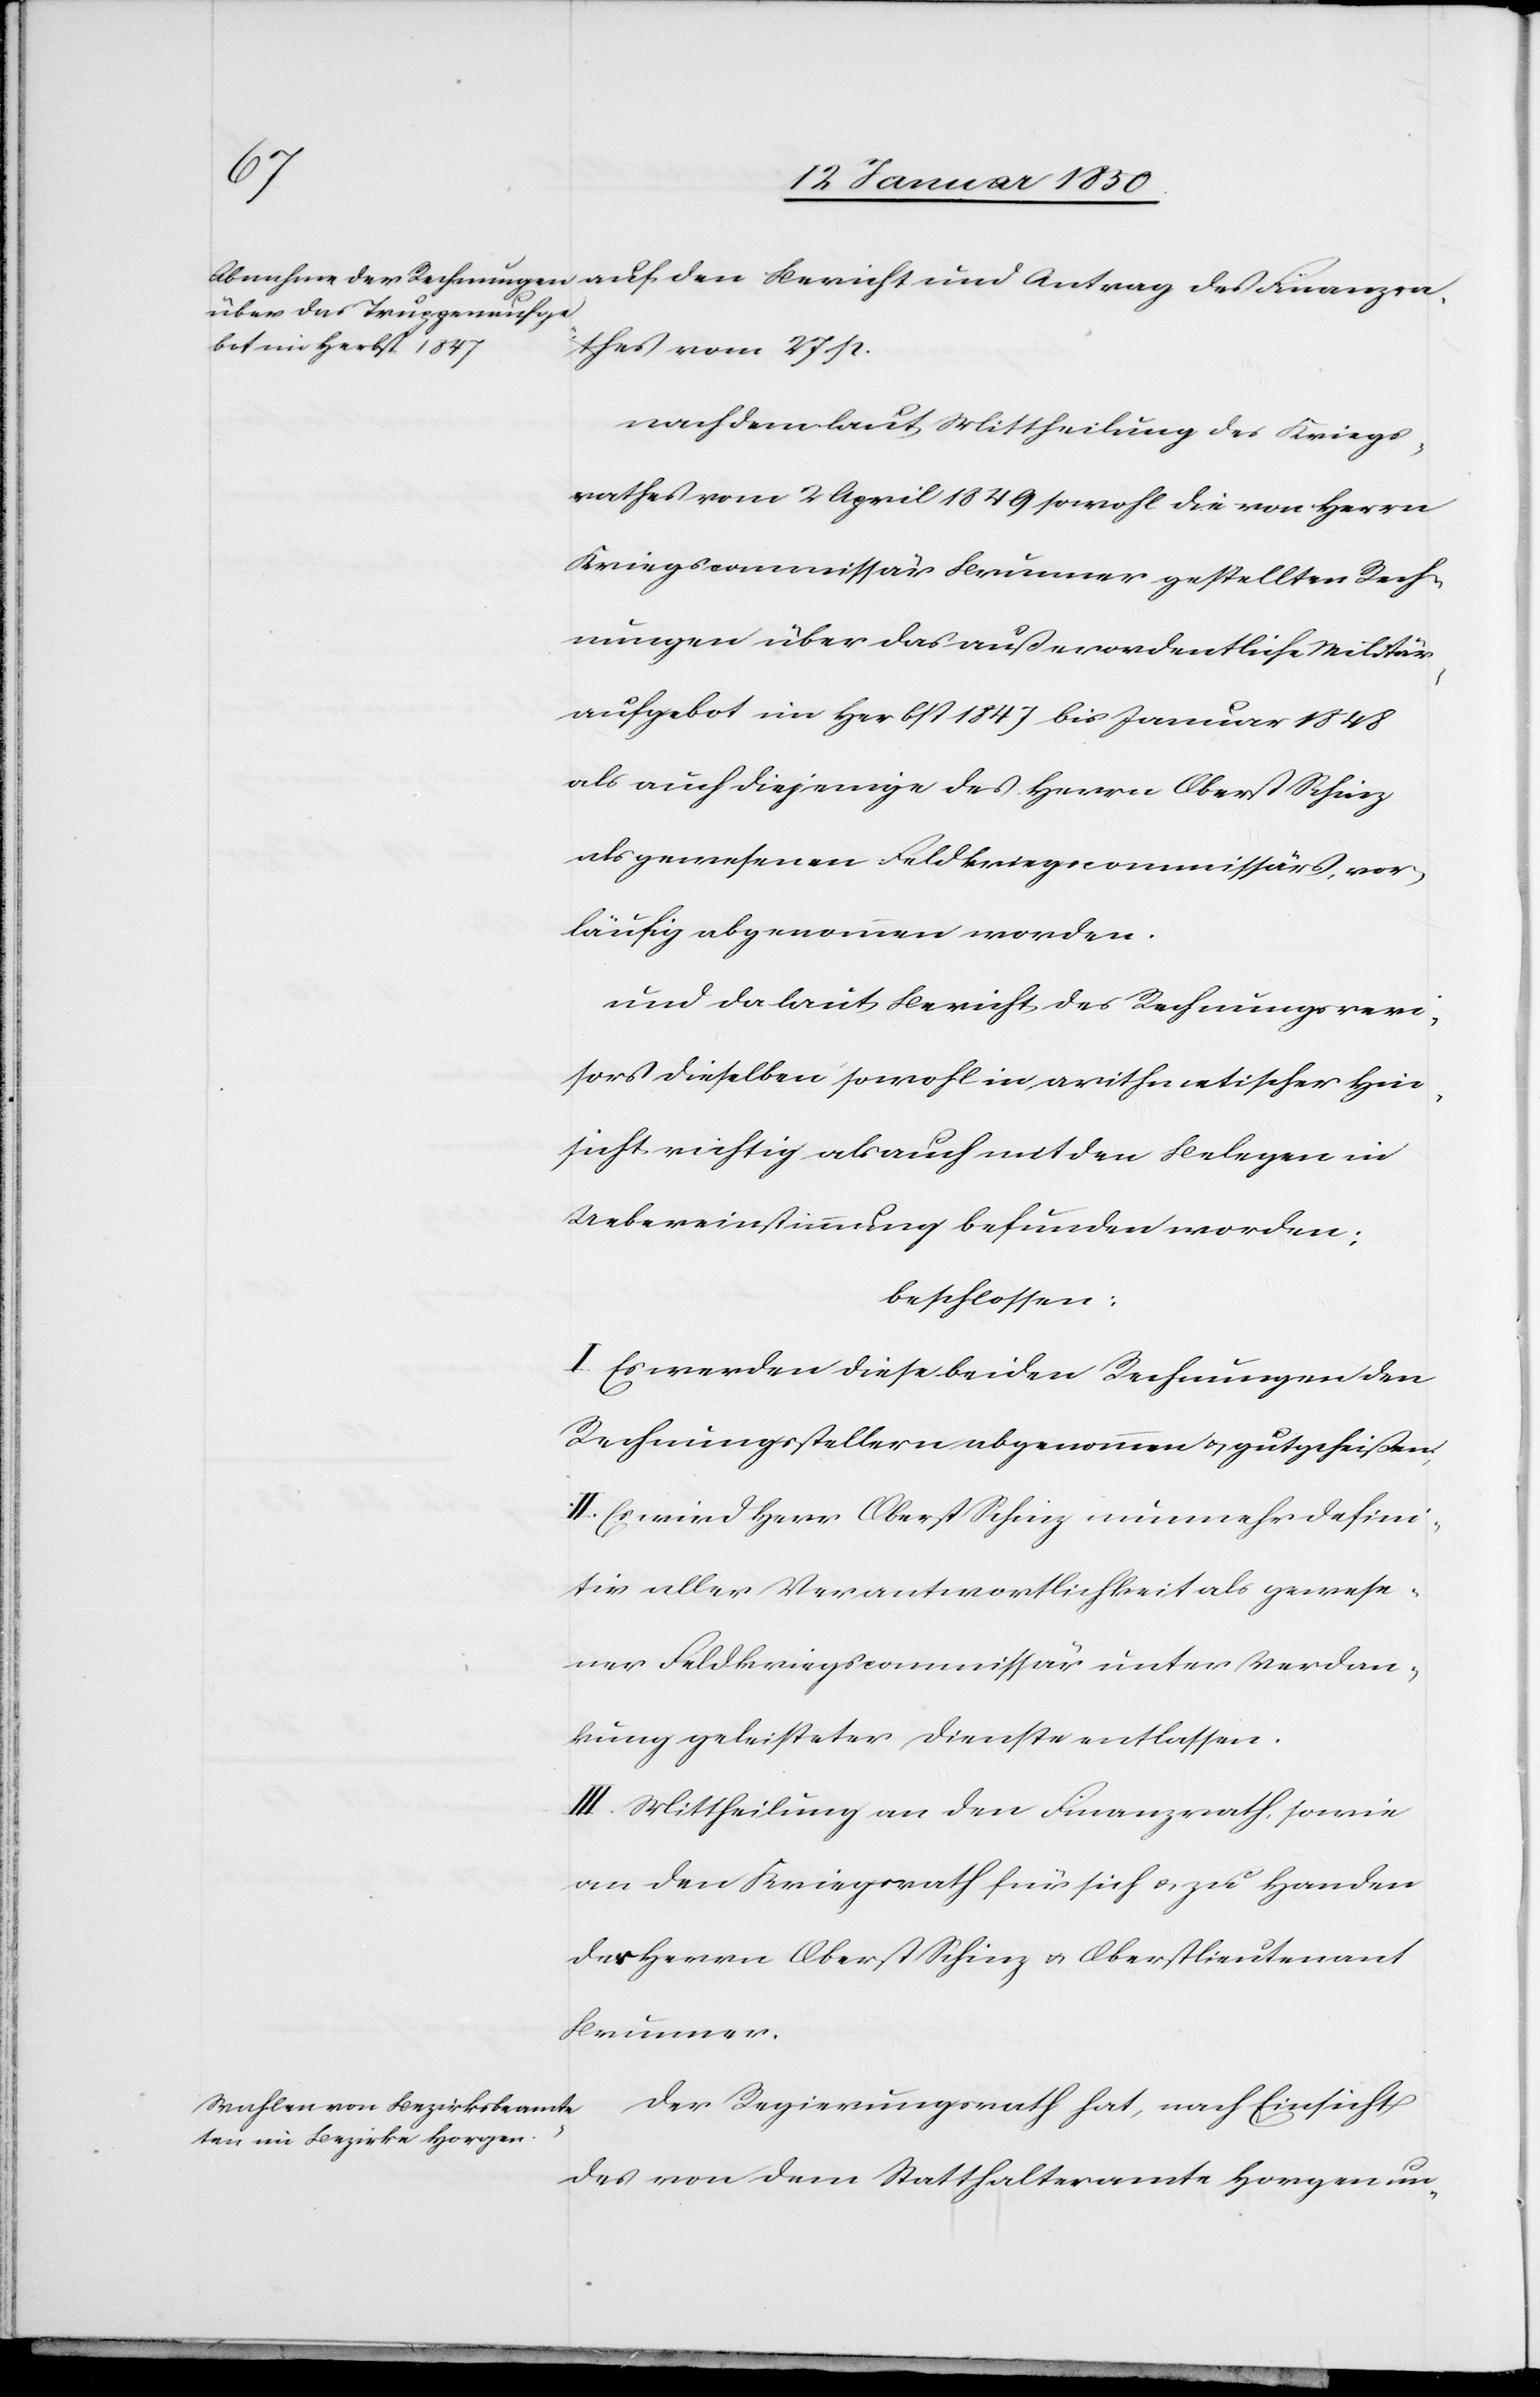
auf den Bericht und Antrag des Finanzra¬
thes vom 27 p.
nach dem laut Mittheilung des Kriegs¬
rathes vom 2 April 1849 sowohl die von Herrn
Kriegscommissär Brunner gestellten Rech¬
nungen über das außerordentliche Militär¬
aufgebot im Herbst 1847 bis Januar 1848
als auch diejenige des Herrn Oberst Schinz
als gewesenen Feldkriegscommissärs, vor¬
läufig abgenommen worden.
und da laut Bericht des Rechnungsrevi¬
sors dieselben sowohl in arithmetischer Hin¬
sicht richtig als auch mit den Belegen in
Uebereinstimmung befunden worden;
beschlossen:
I. Es werden diese beiden Rechnungen den
Rechnungsstellern abgenommen u. gutgeheißen,
II. Es wird Herr Oberst Schinz nunmehr defini¬
tiv aller Verantwortlichkeit als gewese¬
ner Feldkriegscommissär unter Verdan¬
kung geleisteter Dienste entlassen.
III. Mittheilung an den Finanzrath, sowie
an den Kriegsrath für sich u. zu Handen
der Herrn Oberst Schinz u. Oberstlieutenant
Brunner.
Der Regierungsrath hat, nach Einsicht
des von dem Statthalteramte Horgen un-